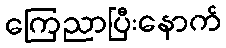
ကြေညာပြီးနောက်